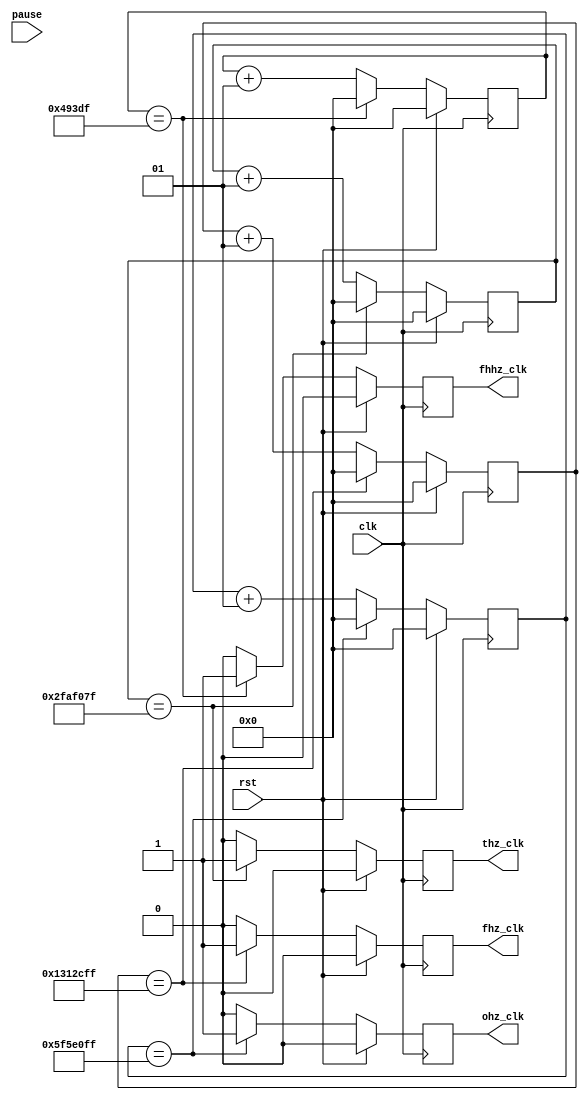
`timescale 1ns / 1ps

module clock_div(
    input clk,
    input rst,
	 input pause,
    output  ohz_clk,      //1hz clock, for normal counting
    output thz_clk,      //2hz clock, for set time counting
    output  fhhz_clk,     //500hz clock, for ssd
    output  fhz_clk      //5hz clock, for blinking
);

integer ohz_ct, thz_ct, fhhz_ct, fhz_ct;
reg ohz,thz,fhhz,fhz;

always @ (posedge clk)begin
   if(rst)
   begin
     ohz_ct <= 0;
     thz_ct <= 0;
     fhhz_ct <= 0;
     fhz_ct <= 0;
  
     ohz <= 0;
     thz <= 0;
     fhhz <= 0;
     fhz <= 0;
   end
   
   else begin
     ohz_ct <= ohz_ct + 1;
     thz_ct <= thz_ct + 1;
     fhhz_ct <= fhhz_ct + 1;
     fhz_ct <= fhz_ct + 1;
   
   //the input clock is 100MHz
     //adjust 1hz clock
     if (ohz_ct == 100000000 - 1) begin
            ohz <= 1;
            ohz_ct <= 0;
        end
    else 
        ohz <= 0;
    
     //adjust 2hz clock  
     if (thz_ct == 50000000 - 1) begin
            thz <= 1;
            thz_ct <= 0;
        end
     else
        thz <= 0;
        
     //adjust 500hz clock
     if (fhhz_ct == 300000 - 1) begin
            fhhz <= 1;
            fhhz_ct <= 0;
        end
     else
        fhhz <= 0;
        
     //adjust 5hz clock
     if (fhz_ct == 20000000 - 1) begin
            fhz <= 1;
            fhz_ct <= 0;
        end
     else
         fhz <= 0;
         
     end
   end

assign ohz_clk = ohz;
assign thz_clk = thz;
assign fhhz_clk = fhhz;
assign fhz_clk = fhz;

endmodule